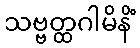
သဗ္ဗတ္ထဂါမိနိံ